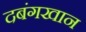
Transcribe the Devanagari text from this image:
दबंगखान